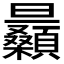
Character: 𣌛